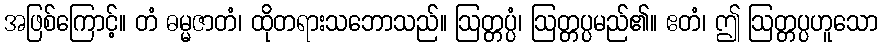
အဖြစ်ကြောင့်။ တံ ဓမ္မဇာတံ၊ ထိုတရားသဘောသည်။ ဩတ္တပ္ပံ၊ ဩတ္တပ္ပမည်၏။ ဧတံ၊ ဤ ဩတ္တပ္ပဟူသော